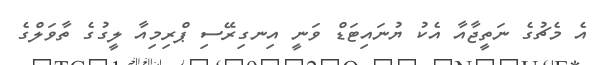
އެ މެޗުގެ ނަތީޖާއާ އެކު ޔުނައިޓަޑް ވަނީ އިނގިރޭސި ޕްރިމިއާ ލީގުގެ ތާވަލްގެ